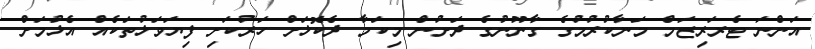
އަންނަ ޓެރަރިޒަމް މަނާކުރުމުގެ ގާނޫނުގެ ދަށުން މިކަމާ ދެކޮޅަށް ހަރުކަށި ފިޔަވަޅުތަކެއް އެޅުމަށް